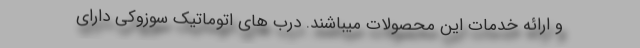
و ارائه خدمات این محصولات میباشند. درب های اتوماتیک سوزوکی دارای